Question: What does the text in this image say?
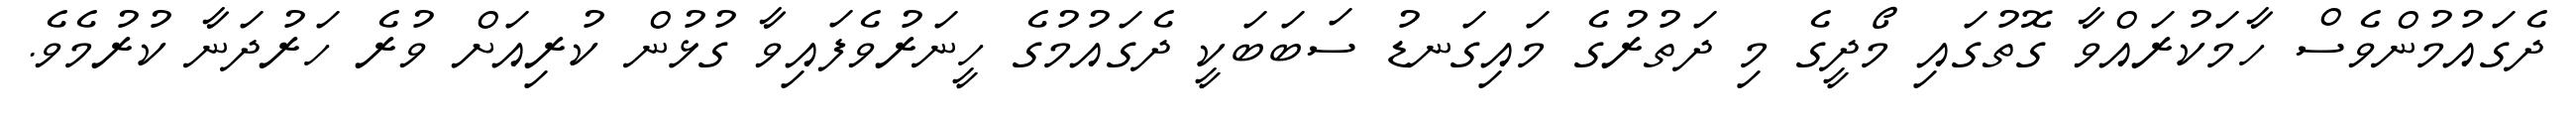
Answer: ދެގައުމުންވެސް ހާމަކުރައްވާ ގޮތުގައި މޯދީގެ މި ދަތުރުގެ މައިގަނޑު ސަބަބަކީ ދެގައުމުގެ ހީނަރުވެފައިވާ ގުޅުން ކުރިއަށް ވުރެ ހަރުދަނާ ކުރުމެވެ.